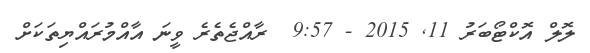
ލޮލް އޮކްޓޯބަރު 11